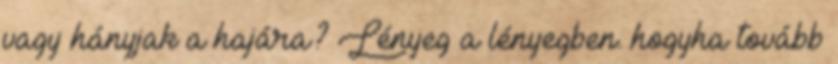
vagy hányjak a hajára? Lényeg a lényegben. hogyha tovább